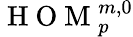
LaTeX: \mathrm{~H~O~M~}_{p}^{m,0}